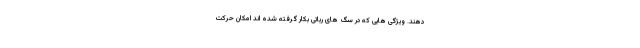
دهند. ویژگی هایی که در سگ های رباتی بکار گرفته شده اند امکان حرکت